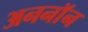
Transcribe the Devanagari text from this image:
अननाॅन